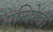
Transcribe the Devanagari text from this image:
सन्धिरेखा